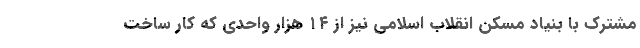
مشترک با بنیاد مسکن انقلاب اسلامی نیز از ۱۴ هزار واحدی که کار ساخت